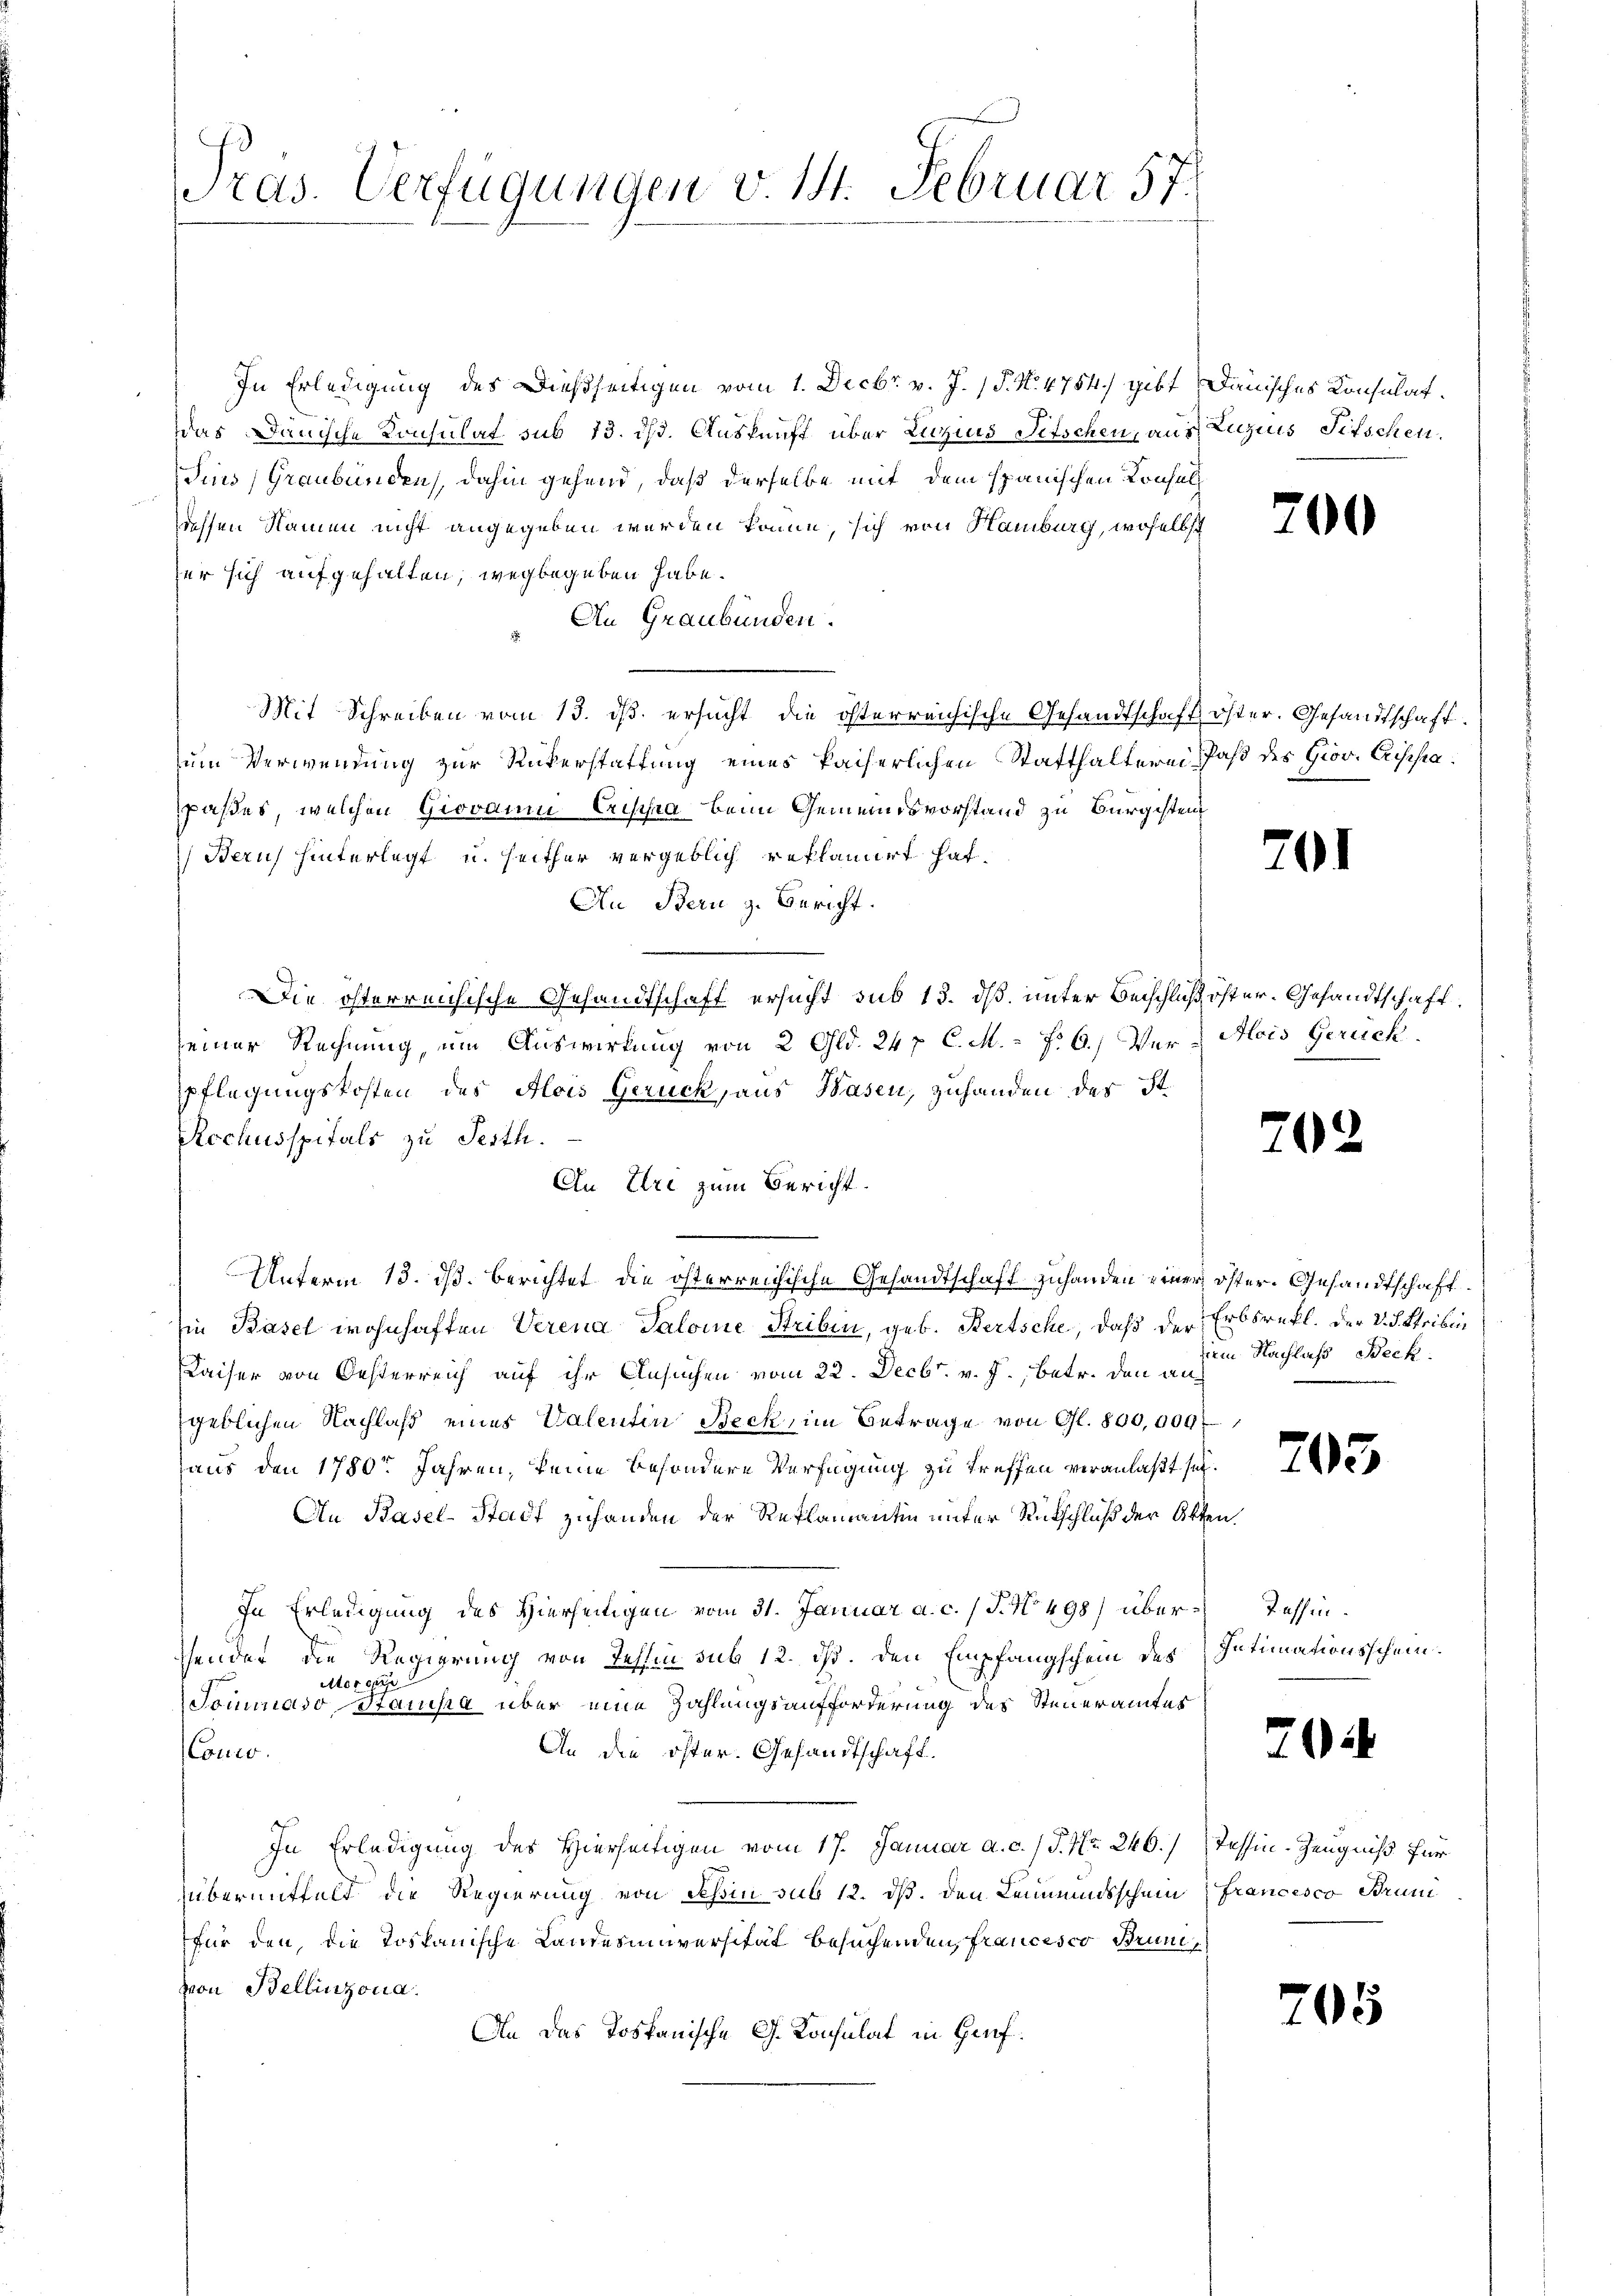
In Erledigung des Dießseitigen vom 1. Decbr. v. J. (T. N. 4754) gibt Dauisches Konsulat.
Das Dänische Konsulat sub 13. dh. Auskunft über Luzins Fetschen, aus Luzius Titschen.
dins, Graubünden, dahin gehend, daß derselbe mit dem spanischen Konsul
wechsen Namen nicht angegeben werden könne, sich von Hamburg, woselbst
zer sich aufgehalten, wegbegeben habe.
An Graubünden.
Mit Schreiben vom 13. ds. ersucht die österreichische Gesandtschaft öster. Gesandtschaftzum Verwendung zur Rükerstattung eines kaiserlichen Statthalterei Paß des Giov. Crischapaßes, welchen Giovaum Crischea beim Gemeindsvorstand zu Burgisten
Beruf hinterlegt u. heither vergeblich reklamirt hat.
Au Bern z. Bericht.
Die österreichische Gesandtschaft ersucht sub 13. dß. unter Beschluß öster. Gesandtschaft.
seiner Rechnung, um Auswirkung von 2 Gld. 247 C. M. P. 6) Ver-Mois Gerück.
pflegungskosten des Alois Gerück, aus Wasen, zuhanden des St.
Rochusspitals zu Jesth
An Ehre zum Bericht.
Unterm 13. ds. berichtet die österreichische Gesandtschaft zuhanden einer öster. Gesandtschaft.
Iin Basel wohnhaften Verena Salome Steiben, geb. Bertsche, daß der Erbsrefl. Der V. d. Stribun
Kaiser von Oesterreich auf ihr Ansuchen vom 22. Decbr. v. J., betr. den angeblichen Nachlaß eines Valentin Beck, im Betrage von Gl. 800,000f
aus den 1780sten Jahren, keine besondere Verfügung zu treffen veranlaßt sei.
An Basel-Stadt zuhanden der Reklamantin unter Rückschluß der Akten.
In Erledigung des Hierseitigen vom 31. Januar a. c. / J. No 498) über-Tessinsender die Regierung von Tessin sub 12. dß. Den Empfangschein des Intimationsschein.
Morder
Tominaso Stanisia über eine Zahlungsaufforderung des Steueramtes
An die öster. Gesandtschaft.
Conco
In Erledigung des Hierseitigen vom 17. Januar a. c. / P. Nr. 246.) Tessin-Zeugniß für
übermittelt die Regierung von Leßin sub 12. dß. den Leumunsschein Francesco Brun
für den, die Tospanische Landesuniversität besuchenden, francisco Brunvon Bellinzona.
An das Tostanische G. Konsulat in Hanf¬

ras. Verfügungen v. 14. Februar 57.

200

201

202

dem Nachlaß Beck.

705

20

05